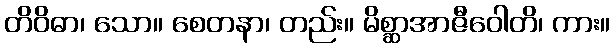
တိဝိဓာ၊ သော။ စေတနာ၊ တည်း။ မိစ္ဆာအာဇီဝေါတိ၊ ကား။